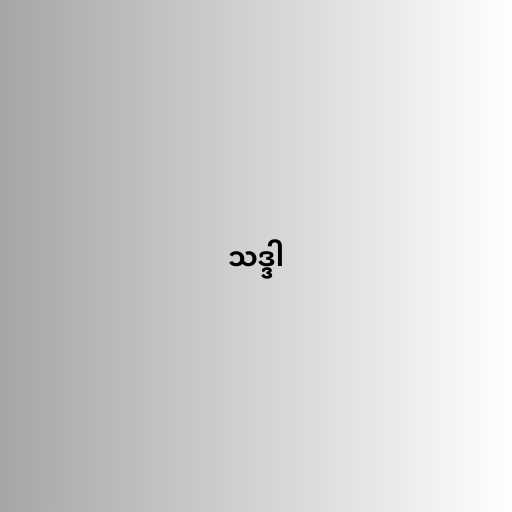
သဒ္ဒါ